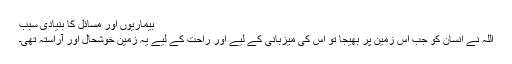
بیماریوں اور مسائل کا بنیادی سبب
اللہ نے انسان کو جب اس زمین پر بھیجا تو اس کی میزبانی کے لیے اور راحت کے لیے یہ زمین خوشحال اور آراستہ تھی۔